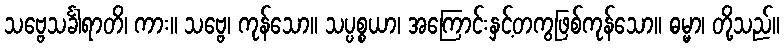
သဗ္ဗေသင်္ခါရာတိ၊ ကား။ သဗ္ဗေ၊ ကုန်သော။ သပ္ပစ္စယာ၊ အကြောင်းနှင့်တကွဖြစ်ကုန်သော။ ဓမ္မာ၊ တို့သည်။